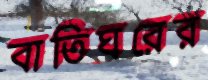
বাতিঘরের